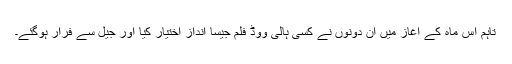
تاہم اس ماہ کے آغاز میں ان دونوں نے کسی ہالی ووڈ فلم جیسا انداز اختیار کیا اور جیل سے فرار ہوگئے۔